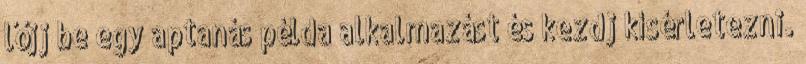
lőjj be egy aptanás példa alkalmazást és kezdj kísérletezni.